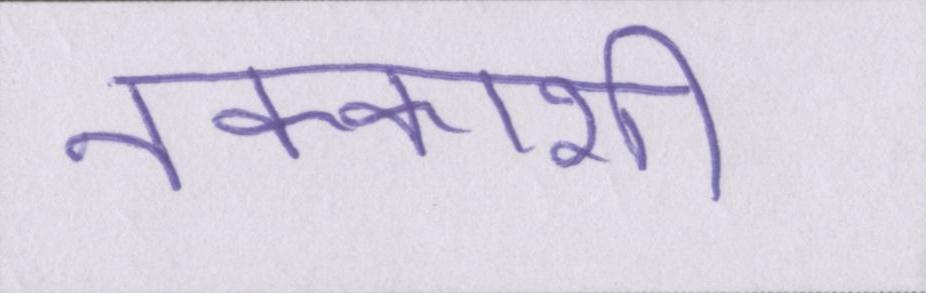
नक्काशी